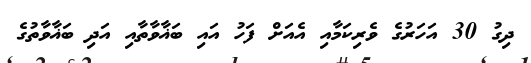
ދިގު 30 އަހަރުގެ ވެރިކަމާއި އެއަށް ފަހު އައި ބަޣާވާތާއި އަދި ބަޣާވާތުގެ